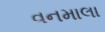
વનમાલા